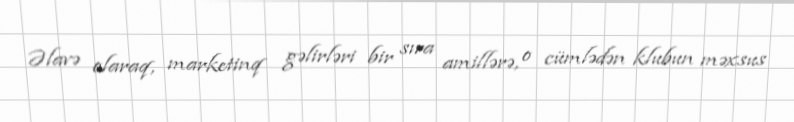
Əlavə olaraq, marketinq gəlirləri bir sıra amillərə, o cümlədən klubun məxsus